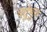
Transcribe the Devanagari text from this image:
चर्तुभुज